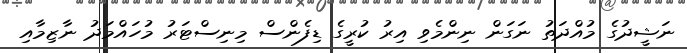
ނަޝީދުގެ މުއްދަތު ނަގަން ނިންމެވި އިރު ކުރީގެ ޑިފެންސް މިނިސްޓަރު މުހައްމަދު ނާޒިމާއި